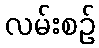
လမ်းစဉ်